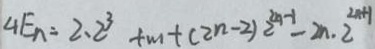
4 E _ { n } = 2 \cdot 2 ^ { 3 } + m + ( 2 n - 2 ) 2 ^ { 2 n - 1 } - 2 n \cdot 2 ^ { 2 n - 1 }